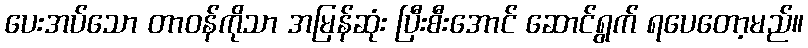
ပေးအပ်သော တာဝန်ကိုသာ အမြန်ဆုံး ပြီးစီးအောင် ဆောင်ရွက် ရပေတော့မည်။